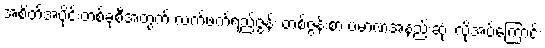
အစိတ်အပိုင်းတစ်ခုစီအတွက် လက်ဖက်ရည်ဇွန်း တစ်ဇွန်းစာ ပမာဏအနည်းဆုံး လိုအပ်ကြောင်း